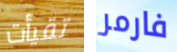
تقيأت فارمر